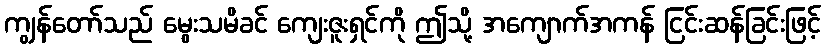
ကျွန်တော်သည် မွေးသမိခင် ကျေးဇူးရှင်ကို ဤသို့ အကျောက်အကန် ငြင်းဆန်ခြင်းဖြင့်